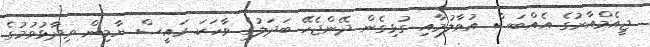
ޖީއެމްއާރުގެ އެއްބަސް އުވާލުމާއި ގުޅިގެން ދޭންޖެހޭ ބަދަލުގެ ވާހަކަ ރައީސް ޔާމިން ވިދާޅުވުމުގެ